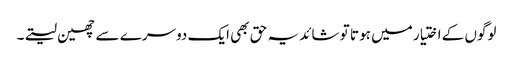
لوگوں کے اختیار میں ہو تا تو شائد یہ حق بھی ایک دوسرے سے چھین لیتے۔